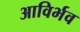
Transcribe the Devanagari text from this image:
आविर्भव